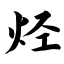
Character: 烃